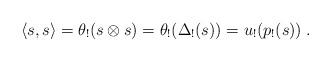
LaTeX: \begin{align*}\langle s,s\rangle = \theta_!(s\otimes s) =\theta_!(\Delta_!(s))=u_!(p_!(s))\;.\end{align*}